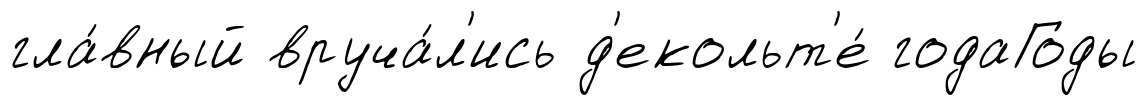
гла́вный вруча́л'ись д'екольт'е́ годаГоды